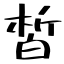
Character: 皙